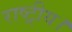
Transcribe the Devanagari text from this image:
राष्ट्रीय।